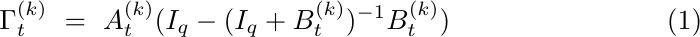
\begin{equation}\label{eq:Gt}
\Gamma^{(k)}_t
~=~ A^{(k)}_t(I_q-(I_q+B^{(k)}_t)^{-1}B^{(k)}_t)
\end{equation}